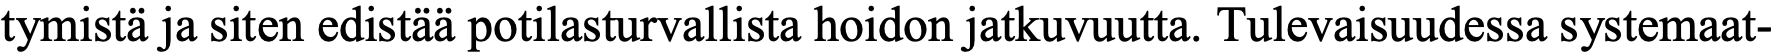
tymistä ja siten edistää potilasturvallista hoidon jatkuvuutta. Tulevaisuudessa systemaat-